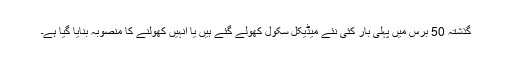
گذشتہ 50 برس میں پہلی بار کئی نئے میڈیکل سکول کھولے گئے ہیں یا انہیں کھولنے کا منصوبہ بنایا گیا ہے۔